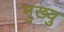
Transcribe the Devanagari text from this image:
मुख्यु